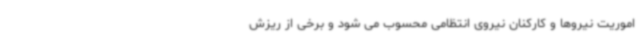
اموریت نیروها و کارکنان نیروی انتظامی محسوب می شود و برخی از ریزش